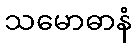
သမောဓာနံ